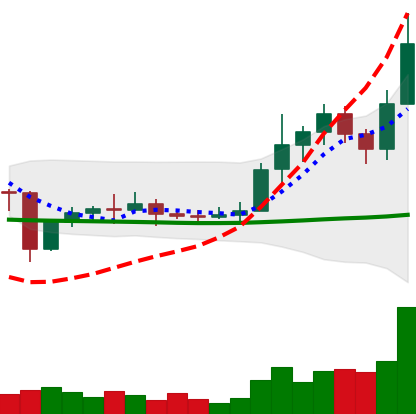
Ticker: ETC-USD
Chart end date: 2021-01-10
Forward return: -14.625%
Label: down_7plus